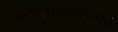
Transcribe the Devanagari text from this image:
अच्युतरायशर्मा